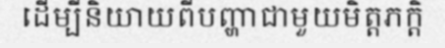
ដើម្បីនិយាយពីបញ្ហាជាមួយមិត្តភក្តិ